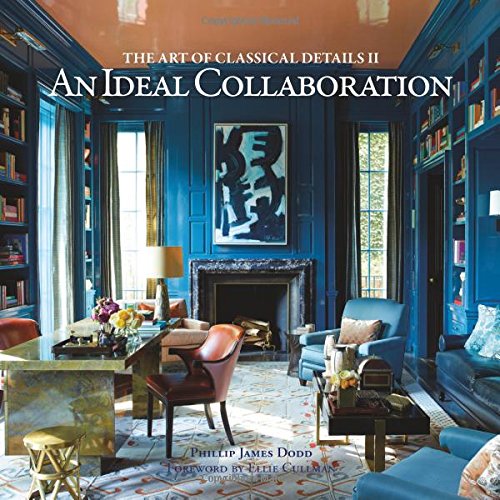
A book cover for An Ideal Collaboration: The Art of Classical Details; Phillip James Dodd; Arts & Photography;